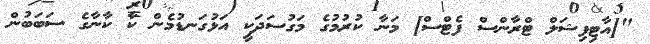
"[އާޓިފިޝަލް ޓްރާންސް ފެޓްސް] މަނާ ކުރުމުގެ މަގުސަދަކީ އަޅުގަނޑުމެން ކާ ކާނާގެ ސަބަބުން